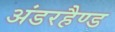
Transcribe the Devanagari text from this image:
अंडरहैण्ड